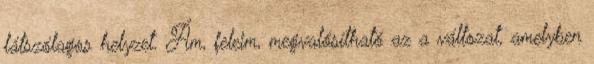
látszólagos helyzet. Ám, feleim, megvalósítható az a változat, amelyben